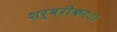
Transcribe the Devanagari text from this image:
शर्वरीकरः।।